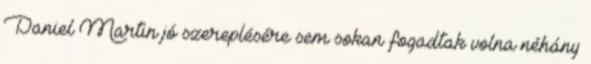
Daniel Martin jó szereplésére sem sokan fogadtak volna néhány